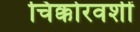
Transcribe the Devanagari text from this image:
चिक्कोरवशीं